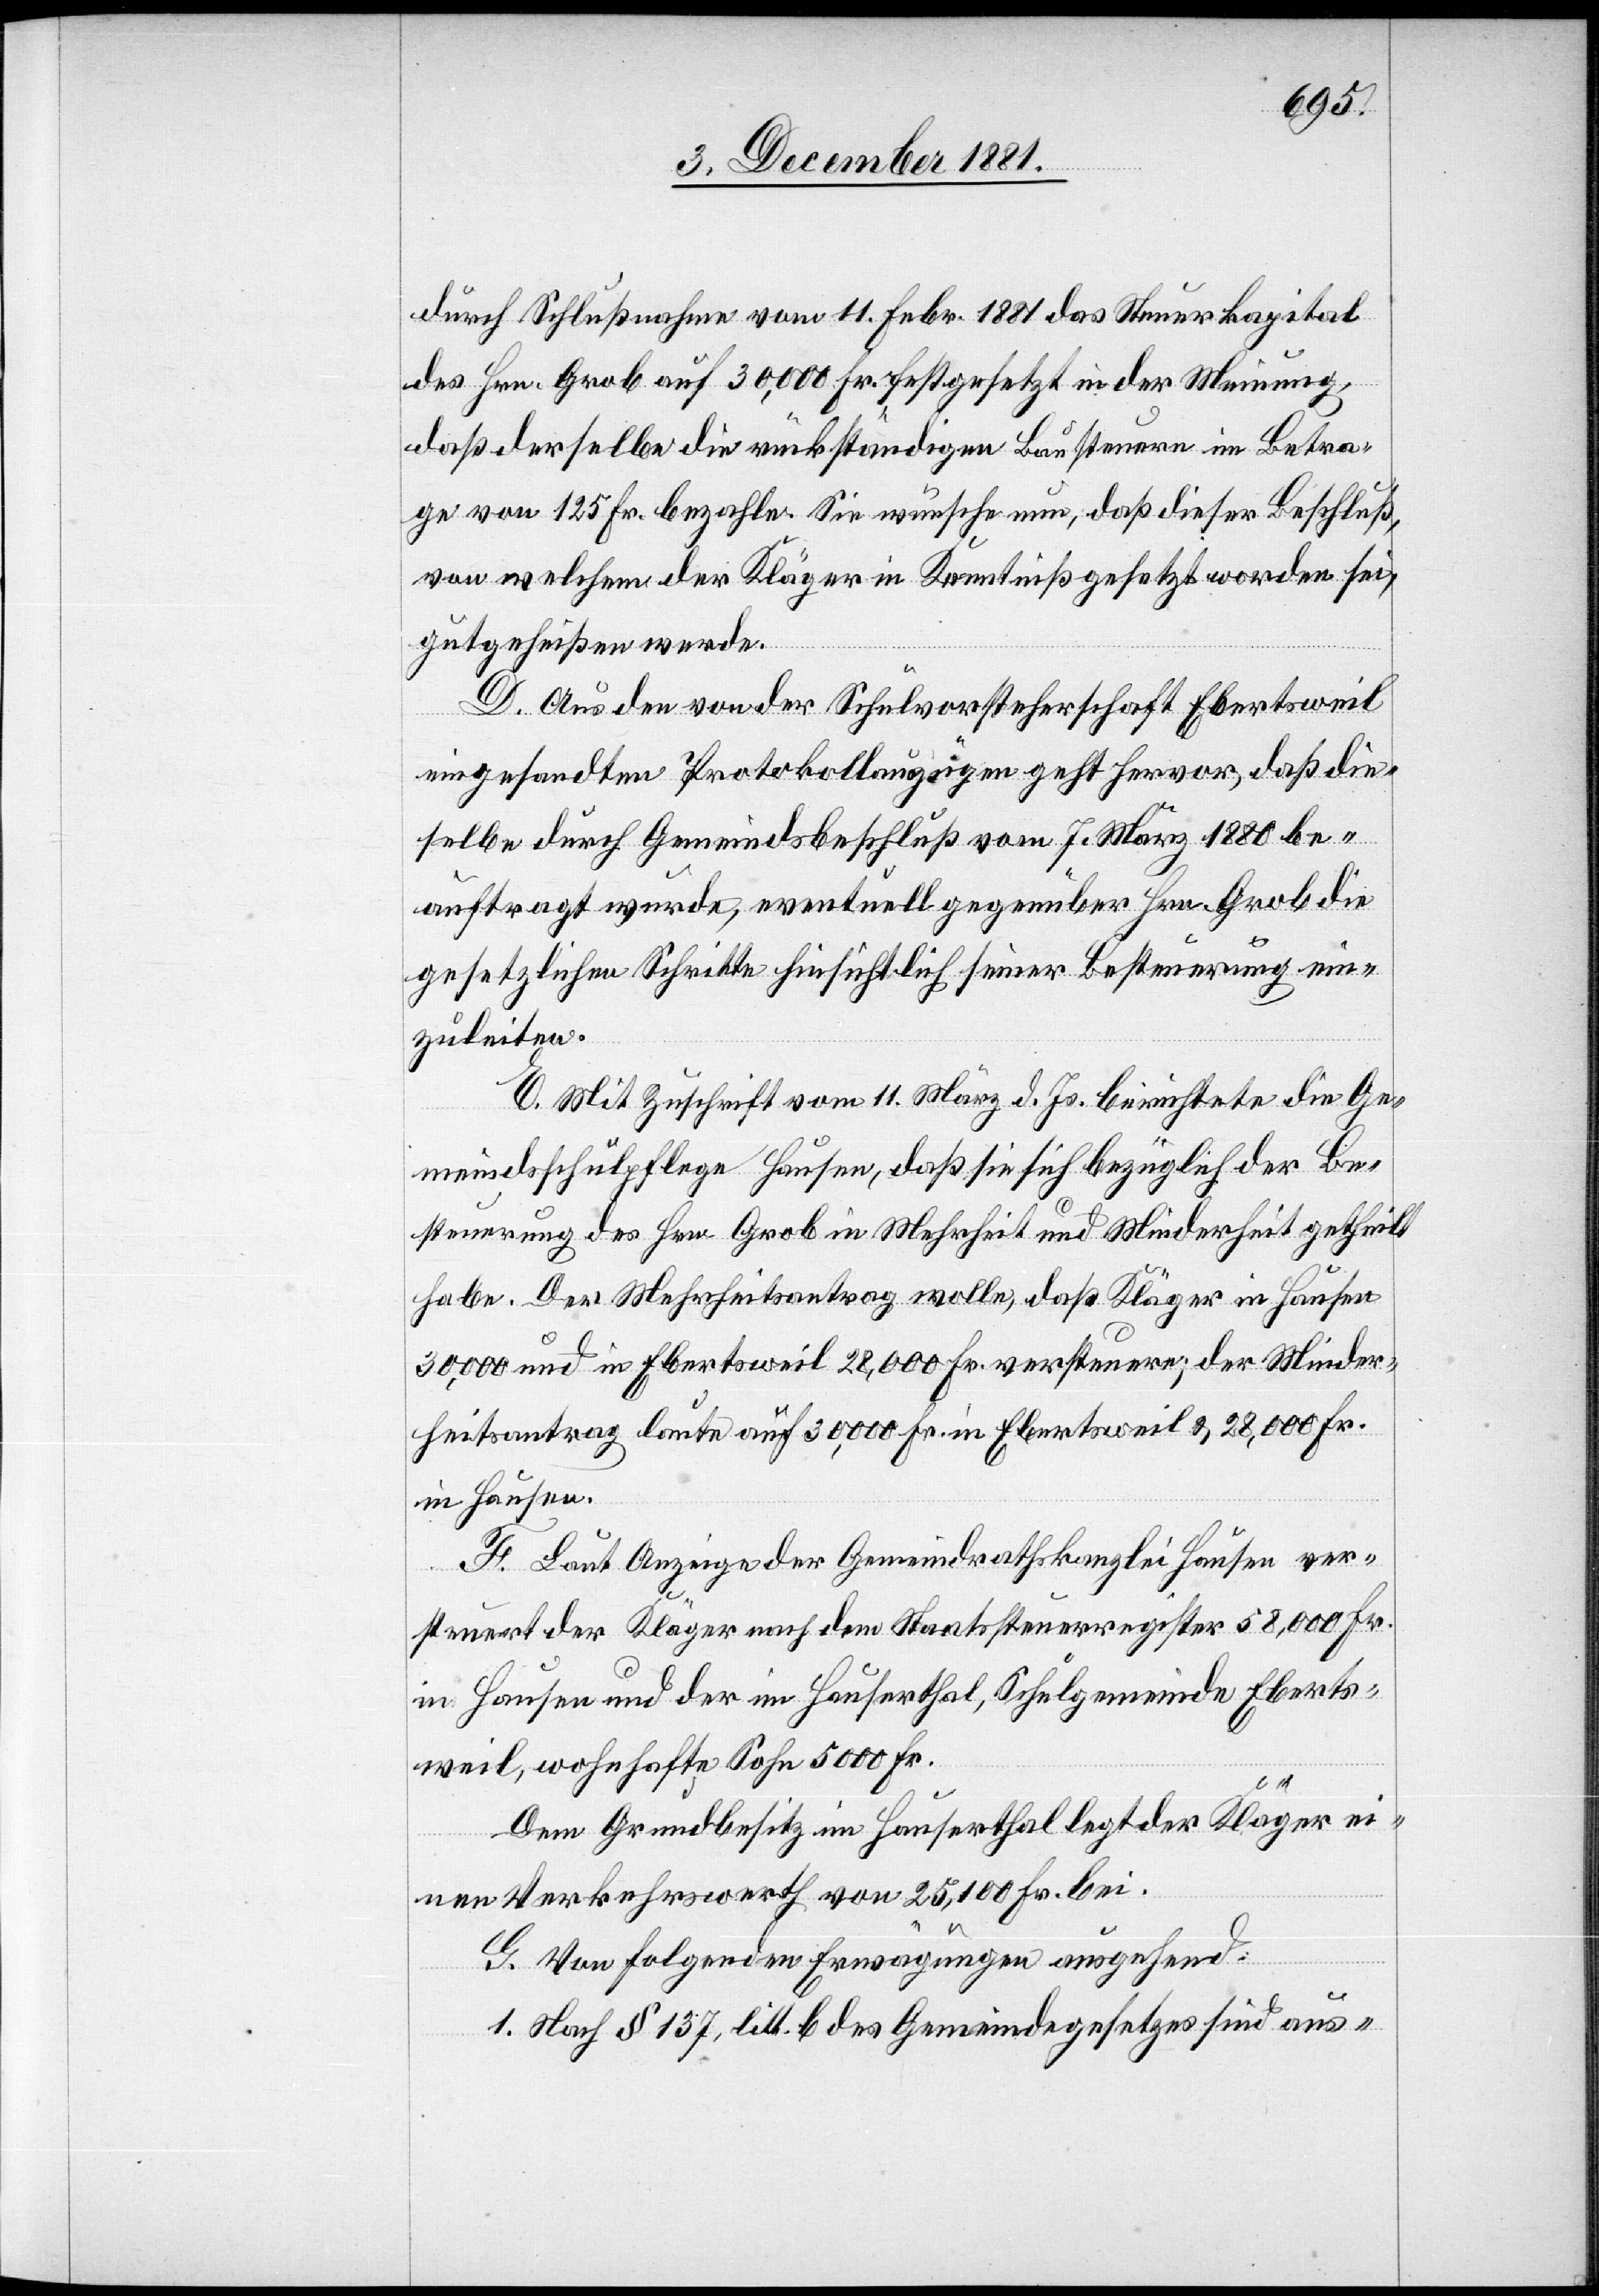
durch Schlußnahme vom 11. Febr. 1881 das Steuerkapital
des Hrn. Grob auf 30,000 Fr. festgesetzt in der Meinung,
daß derselbe die rückständigen Bausteuern im Betra¬
ge von 125 Fr. bezahle. Sie wünsche nun, daß dieser Beschluß,
von welchem der Kläger in Kenntniß gesetzt worden sei,
gutgeheißen werde.
D. Aus den von der Schulvorsteherschaft Ebertsweil
eingesandten Protokollauszügen geht hervor, daß die¬
selbe durch Gemeindsbeschluß vom 7. März 1880 be¬
auftragt wurde, eventuell gegenüber Hrn. Grob die
gesetzlichen Schritte hinsichtlich seiner Besteuerung ein¬
zuleiten.
E. Mit Zuschrift vom 11. März d. Js. berichtete die Ge¬
meindsschulpflege Hausen, daß sie sich bezüglich der Be¬
steuerung des Hrn. Grob in Mehrheit und Minderheit getheilt
habe. Der Mehrheitsantrag wolle, daß Kläger in Hausen
30,000 Fr. und in Ebertsweil 28,000 Fr. versteuere; der Minder¬
heitsantrag laute auf 30,000 Fr. in Ebertsweil & 28,000 Fr.
in Hausen.
F. Laut Anzeige der Gemeindrathskanzlei Hausen ver¬
steuert der Kläger nach dem Staatssteuerregister 58,000 Fr.
in Hausen und der im Hausenthal, Schulgemeinde Eberts¬
weil, wohnhafte Sohn 5000 Fr.
Dem Grundbesitz im Hauserthal legt der Kläger ei¬
nen Verkehrswerth von 25,100 Fr. bei.
G. Von folgenden Erwägungen ausgehend:
1. Nach § 137, litt. b des Gemeindegesetzes sind aus-